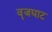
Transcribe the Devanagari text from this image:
वॄजघाट